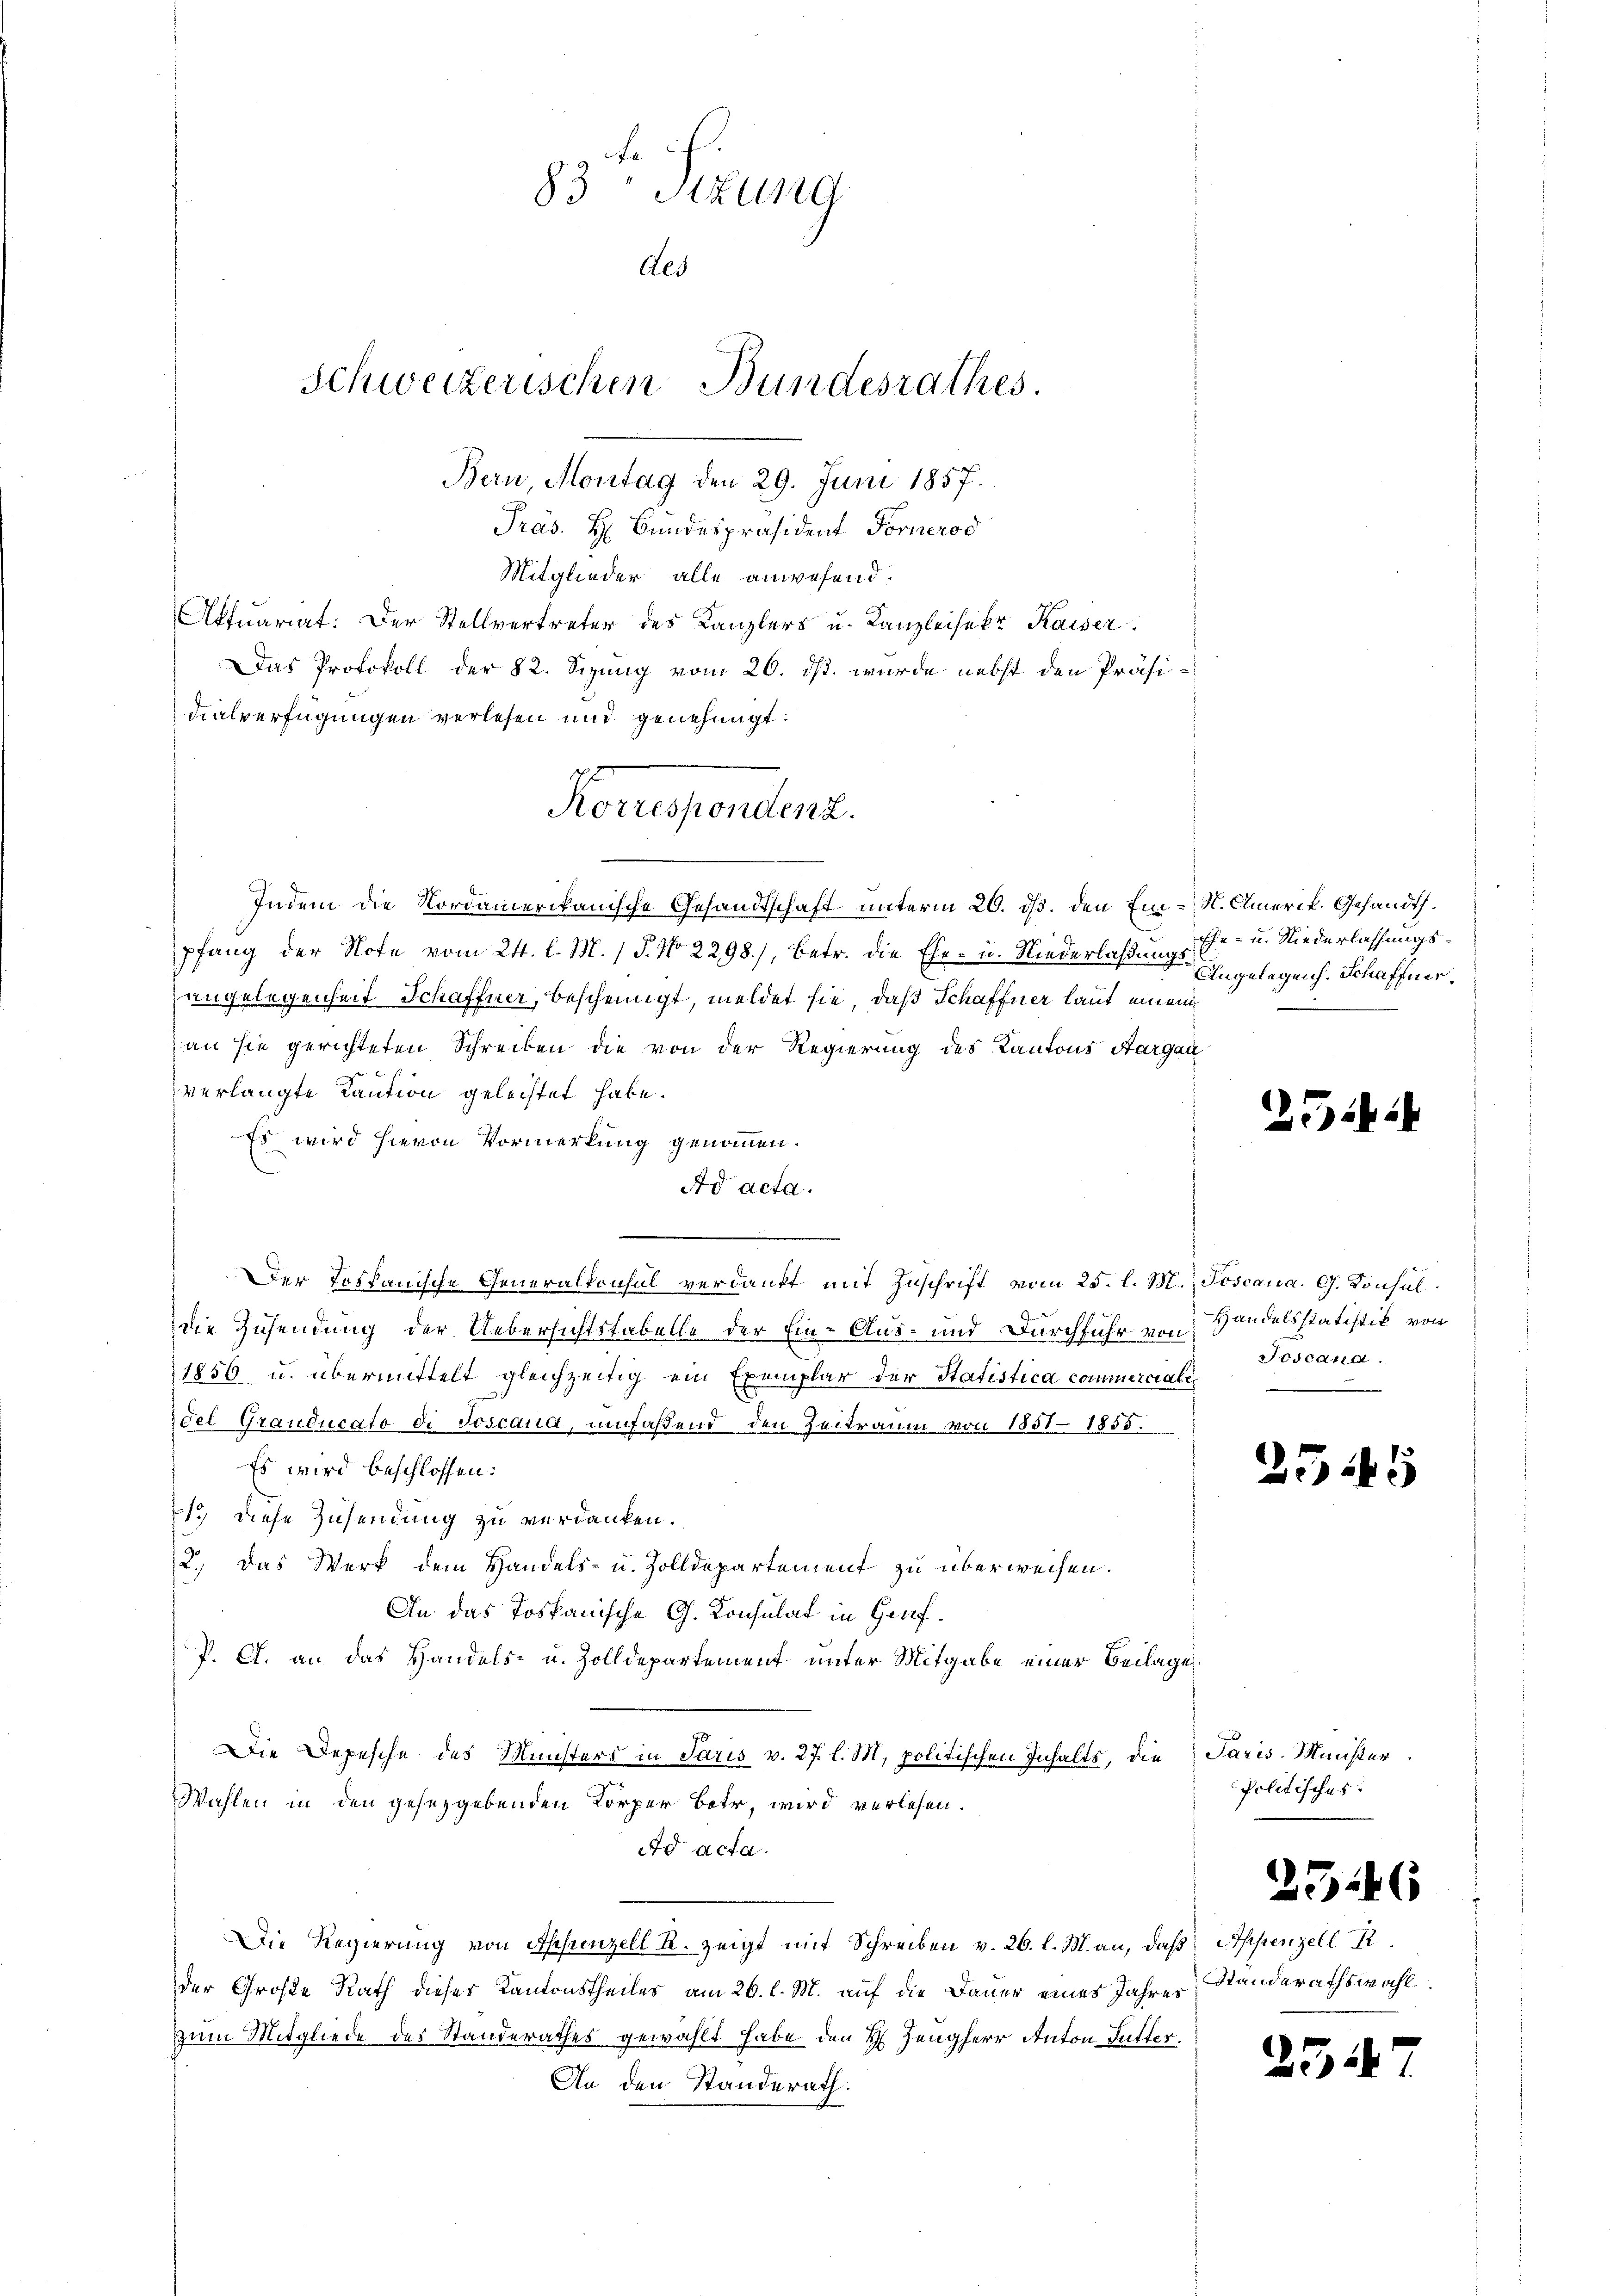
83 Sizung
Als
Schweizerischen Bundesrathes.
Bern, Montag den 29. Juni 1857.

Präs. H. Bundespräsident Forneros
Mitglieder alle anwesend:
Aktuariat. Der Stellvertreter des Kanzlers u. Kanzleisekr Kaiser
Das Protokoll der 82. Sizung vom 26. ds. wurde nebst den Präsidialverfügungen verlesen und genehmigt.
Indem die Nordamerikanische Gesandtschaft unterm 20. ds. den Ein-S. Amerik. Gesandt.
pfang der Note vom 24. l. M. / 5. No 2298), betr. die Ehe- u. Niederlaßungsangelegenheit Schaffner, bescheinigt, meldet sie, daß Schaffner laut einem
an sie gerichteten Schreiben die von der Regierung des Kantons Aargau
verlangte Caution geleistet habe.
Es wird hievon Vormerkung genommen.
Ad acta.
.
Der Postanische Generalkonsul verdankt mit Zuschrift vom 25. l. M. Toscana. G. Konsul
die Zusendung der Uebersichtstabelle der Ein- Aus- und Durchfuhr von Handelsstatistik von
1856 u. übermittelt gleichzeitig ein Exemplar der Statistica commerciali
oel Granducato di Joscana, umfaßend den Zeitraum von 1851 1855.
Es wird beschlossen:
1 diese Zusendung zu verdanken.
2.) Das Werk dem Handels- u. Zolldepartement zu überweisen.
An das Tospanische G. Konsulat in Genf¬
P. G. an das Handels- u. Zolldepartement unter Mitgabe einer Beilage
Die Depesche des Ministers in Paris v. 27. l. M. politischen Inhalts, die Paris-Münster
Wahlen in den gesetzgebenden Körper Bote, wird verlesen.
Ad acta.
Die Regierung von Ihrenzell A. zeigt mit Schreiben v. 26. l. M. an, daß Appenzell R
der Große Rath dieses Kantonstheiles am 26. l. M. auf die Dauer eines Jahres
zum Mitgliede des Standerathes gewählt habe den H. Zeugherr Anton Futter.
An den Standerath.

Korrespendenz.

Ehe- u. Niederliessungs¬
Angelegen. Schaffner,

254

Joscana.
n

2545

Politisches:
2346
Standerathswahl.

547